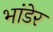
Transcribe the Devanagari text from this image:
भांडेर